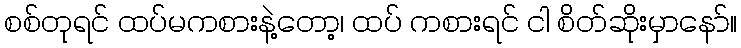
စစ်တုရင် ထပ်မကစားနဲ့တော့၊ ထပ် ကစားရင် ငါ စိတ်ဆိုးမှာနော်။